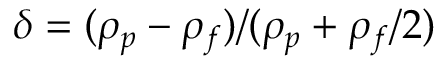
\delta = ( \rho _ { p } - \rho _ { f } ) / ( \rho _ { p } + \rho _ { f } / 2 )